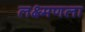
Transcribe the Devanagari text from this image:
लक्ष्मणला